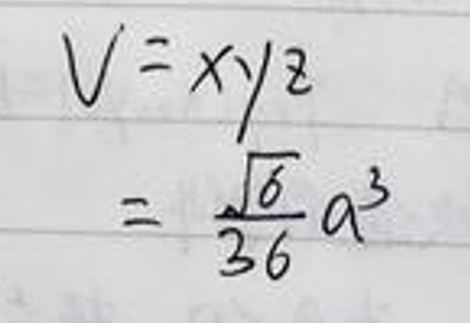
\[
\begin{align*}
V&=\frac{xy}{z}\\
&=\frac{\sqrt{6}}{36}a^{3}
\end{align*}
\]